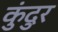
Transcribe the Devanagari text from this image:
कुंदुर